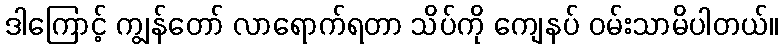
ဒါကြောင့် ကျွန်တော် လာရောက်ရတာ သိပ်ကို ကျေနပ် ဝမ်းသာမိပါတယ်။